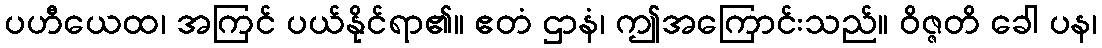
ပဟီယေထ၊ အကြင် ပယ်နိုင်ရာ၏။ ဧတံ ဌာနံ၊ ဤအကြောင်းသည်။ ဝိဇ္ဇတိ ခေါ ပန၊